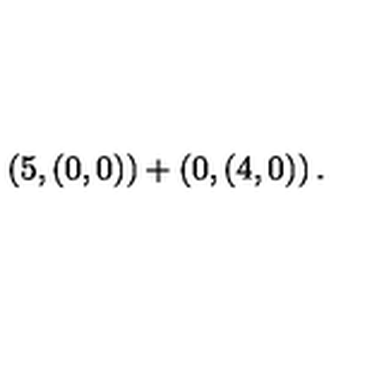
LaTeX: \left( 5 , \left( 0 , 0 \right) \right) + \left( 0 , \left( 4 , 0 \right) \right) .